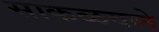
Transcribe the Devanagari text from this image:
साकळवले